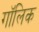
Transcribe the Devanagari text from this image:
गॉलिक